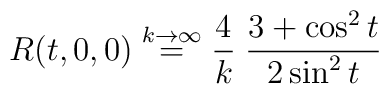
R(t,0,0)\buildrel{k \to \infty}\over=\frac{4}{k} \; \frac{3+\cos^2 t }{2\sin^2 t }